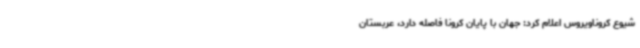
شیوع کروناویروس اعلام کرد: جهان با پایان کرونا فاصله دارد، عربستان